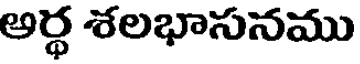
అర్థ శలభాసనము